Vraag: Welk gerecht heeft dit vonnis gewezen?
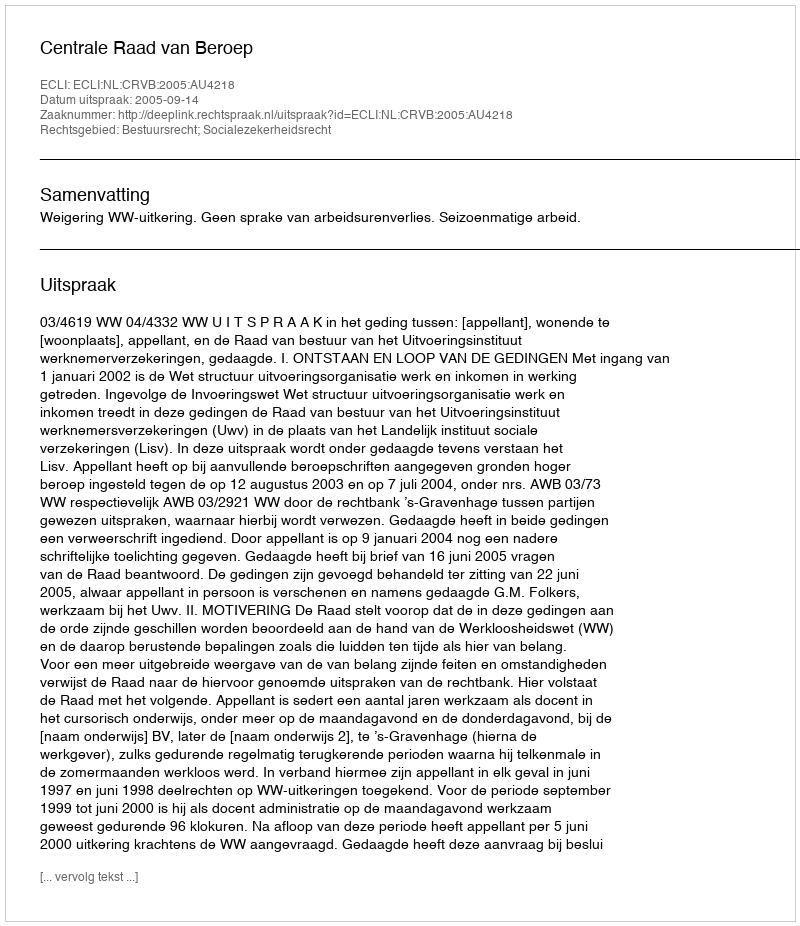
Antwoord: Centrale Raad van Beroep